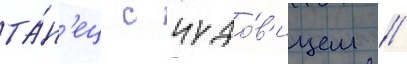
та́н'ец с чудо́в'ищем /